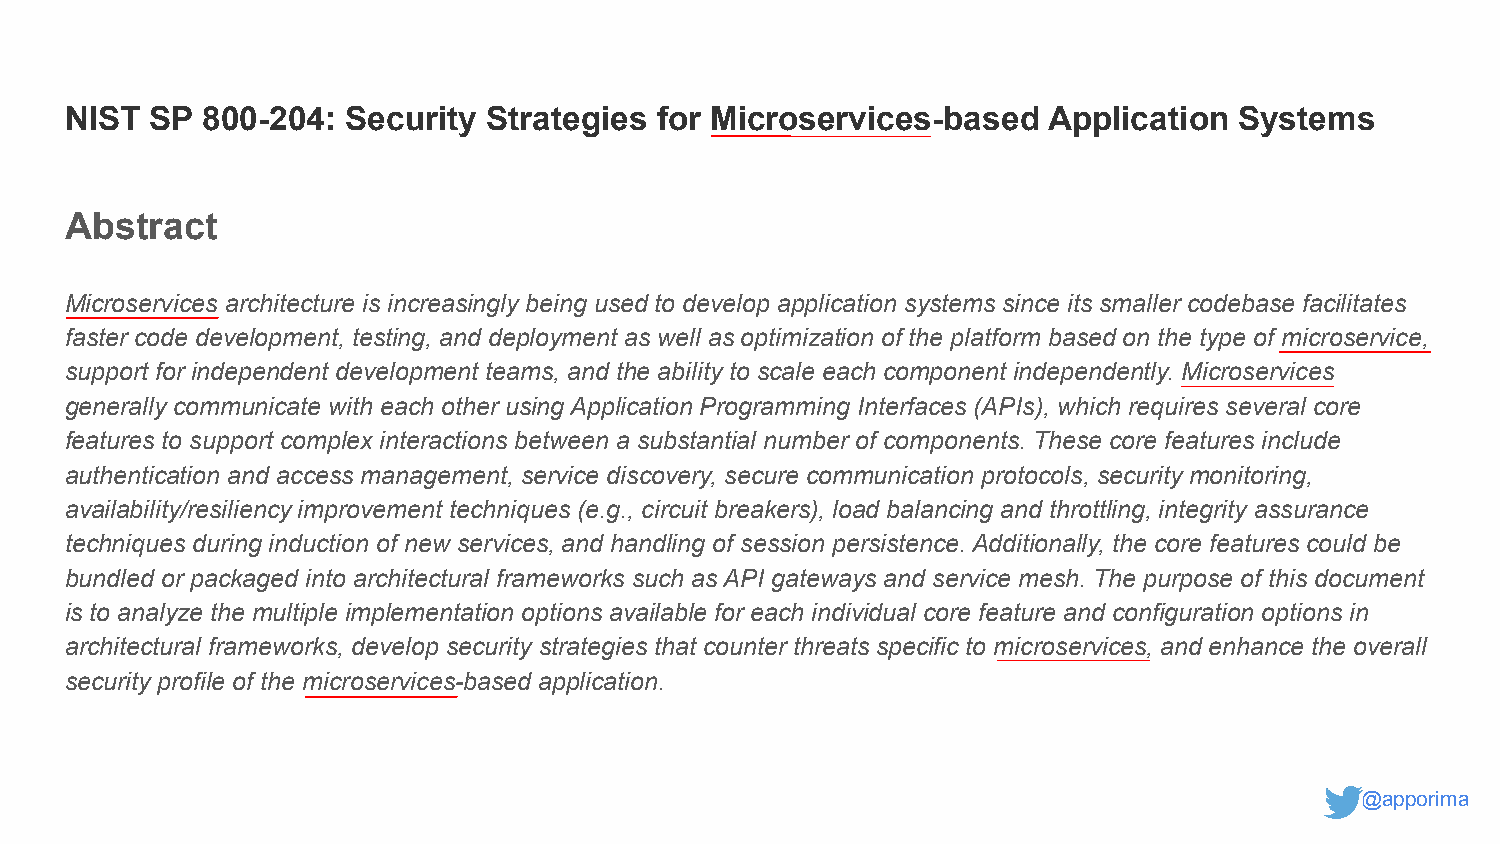
NIST  SP 800-204:  Security Strategies for Microservices-based   Application  Systems
 Abstract
 Microservices architecture is increasingly being used to develop application systems since its smaller codebase facilitates
 faster code development, testing, and deployment as well as optimization of the platform based on the type of microservice,
 support for independent development teams, and the ability to scale each component independently. Microservices
 generally communicate with each other using Application Programming Interfaces (APIs), which requires several core
 features to support complex interactions between a substantial number of components. These core features include
 authentication and access management, service discovery, secure communication protocols, security monitoring,
 availability/resiliency improvement techniques (e.g., circuit breakers), load balancing and throttling, integrity assurance
 techniques during induction of new services, and handling of session persistence. Additionally, the core features could be
 bundled or packaged into architectural frameworks such as API gateways and service mesh. The purpose of this document
 is to analyze the multiple implementation options available for each individual core feature and configuration options in
 architectural frameworks, develop security strategies that counter threats specific to microservices, and enhance the overall
 security profile of the microservices-based application.
 @apporima